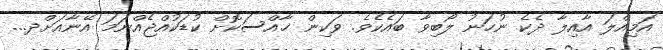
އަމިއްލަ އާއިލާ ދެކެ ނުހަނު ލޯބިވާ ބައެކެވެ. ވަކިން ޚާއްސަކޮށް ކުޑަކުއްޖެއްނަމަ އޭނާއަށްދ...